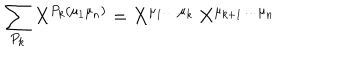
LaTeX: \sum _ { P _ { k } } X ^ { P _ { k } ( \mu _ { 1 } \mu _ { n } ) } = X ^ { \mu _ { 1 } \ldots \mu _ { k } } \, X ^ { \mu _ { k + 1 } \ldots \mu _ { n } }